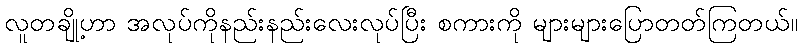
လူတချို့ဟာ အလုပ်ကိုနည်းနည်းလေးလုပ်ပြီး စကားကို များများပြောတတ်ကြတယ်။